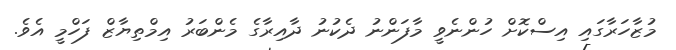
މުޒާހަރާގައި އިސްކޮށް ހުންނެވީ މާފަންނު ދެކުނު ދާއިރާގެ މެންބަރު އިމްތިޔާޒް ފަހްމީ އެވެ.